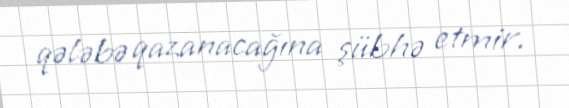
qələbə qazanacağına şübhə etmir.